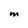
Character: M